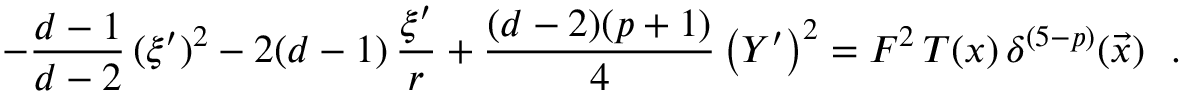
- \frac { d - 1 } { d - 2 } \, ( \xi ^ { \prime } ) ^ { 2 } - 2 ( d - 1 ) \, \frac { \xi ^ { \prime } } { r } + \frac { ( d - 2 ) ( p + 1 ) } { 4 } \left( Y ^ { \prime } \right) ^ { 2 } = F ^ { 2 } \, T ( x ) \, \delta ^ { ( 5 - p ) } ( \vec { x } ) ~ ~ .